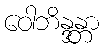
ဝေါဘိန္ဒန္တာ